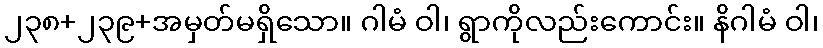
၂၃၈+၂၃၉+အမှတ်မရှိသော။ ဂါမံ ဝါ၊ ရွာကိုလည်းကောင်း။ နိဂါမံ ဝါ၊